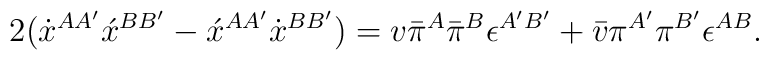
2(\dot{x}^{AA'}\acute{x}^{BB'} - \acute{x}^{AA'}\dot{x}^{BB'}) =v\bar{\pi}^A\bar{\pi}^B\epsilon^{A'B'} +\bar{v}\pi^{A'}\pi^{B'}\epsilon^{AB}.